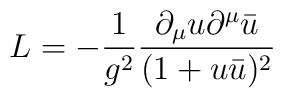
L=-{1\over g^2}{\partial_\mu u\partial^\mu\bar u\over (1+u\bar u)^2}